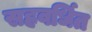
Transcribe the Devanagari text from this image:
सहवर्धित